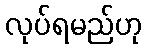
လုပ်ရမည်ဟု